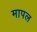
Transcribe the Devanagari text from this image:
मापल